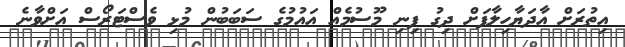
އިތުރަށް އާދަޔާހިލާފަށް ދިގު ފިނި މޫސުމެއް އައުމުގެ ސަބަބުން މުޅި ވެސްޓަރޯސް އަށްވާނެ